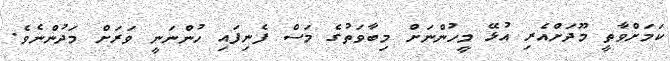
ކަމަށްވާތީ މޫދަށްއެރި އުޅޭ މީހުންނަށް މިބާވަތުގެ މަސް ފެނިފައި ހުންނަނީ ވަރަށް މަދުންނެވެ.